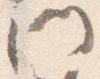
門